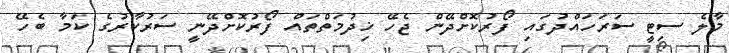
މާލެ ސިޓީ ސަރަހައްދުގައި ފޯރުކޮށްދޭން ޖެހޭ ޚިދުމަތްތައް ފޯރުކޮށްދޭނީ ސަރުކާރުގެ ކަމާ ބެހޭ